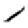
Digit: 1